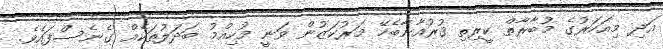
އަދި މިއަހަރުގެ މުބާރާތް ކީރިތި ޤުރުއާނާބެހޭ މަރުކަޒުން ވަނީ މުހިއްމު ބަދަލުތަކެއް ގެނެސްފައެވެ.